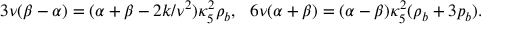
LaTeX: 3 \nu ( \beta - \alpha ) = ( \alpha + \beta - 2 k / \nu ^ { 2 } ) \kappa _ { 5 } ^ { 2 } \rho _ { b } , ~ ~ 6 \nu ( \alpha + \beta ) = ( \alpha - \beta ) \kappa _ { 5 } ^ { 2 } ( \rho _ { b } + 3 p _ { b } ) .